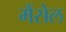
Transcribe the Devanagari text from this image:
मैंसेल